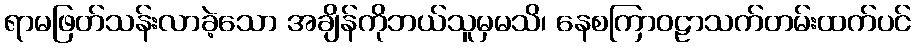
ရာမဖြတ်သန်းလာခဲ့သော အချိန်ကိုဘယ်သူမှမသိ၊ နေစကြာဝဠာသက်တမ်းထက်ပင်